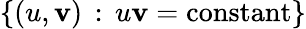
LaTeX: \{ (u,\mathbf{v})\, :\, u\mathbf{v}=\mathrm{{constant}}\}